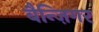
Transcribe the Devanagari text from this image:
बैन्ज़िगर